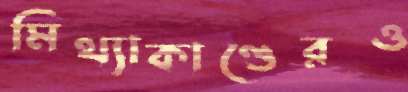
মিথ্যাকাণ্ডেরও